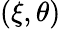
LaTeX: (\xi,\theta)